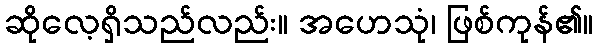
ဆိုလေ့ရှိသည်လည်း။ အဟေသုံ၊ ဖြစ်ကုန်၏။